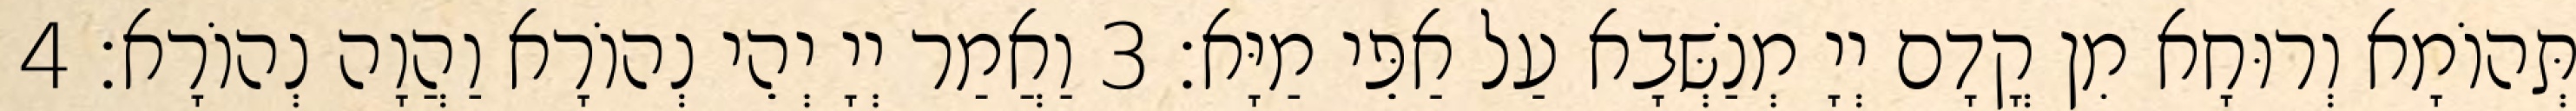
תְּהוֹמָא וְרוּחָא מִן קֳדָם יְיָ מְנַשְּׁבָא עַל אַפֵּי מַיָּא׃ 3 וַאֲמַר יְיָ יְהֵי נְהוֹרָא וַהֲוָה נְהוֹרָא׃ 4